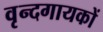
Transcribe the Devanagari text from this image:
वृन्दगायकों